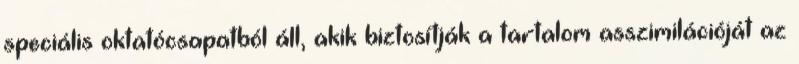
speciális oktatócsapatból áll, akik biztosítják a tartalom asszimilációját az